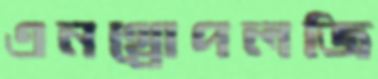
এনথ্রোপলজি